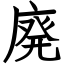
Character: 廃